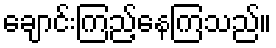
ချောင်းကြည့်နေကြသည်။